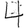
Digit: 4